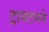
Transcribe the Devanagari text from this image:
ट्रायटनने